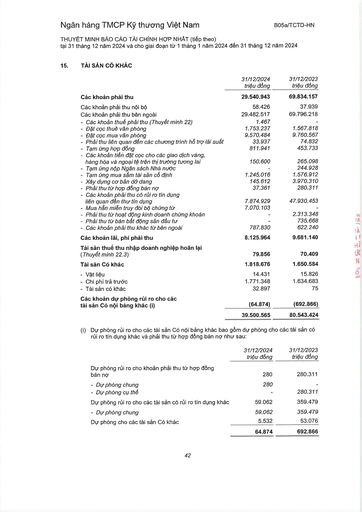
||31/12/2024 triệu đồng|31/12/2023 triệu đồng| |---|---|---| |Các khoản phải thu|29.540.943|69.834.157| |Các khoản phải thu nội bộ|58.426|37.939| |Các khoản phải thu bên ngoài|29.482.517|69.796.218| |- Các khoản thuế phải thu (Thuyết minh 22)|1.467|| |- Đặt cọc thuê văn phòng|1.753.237|1.567.818| |- Đặt cọc mua văn phòng|9.570.484|9.760.567| |- Phải thu liên quan đến các chương trình hỗ trợ lãi suất|33.937|74.832| |- Tạm ứng hợp đồng|811.941|453.733| |- Các khoản tiền đặt cọc cho các giao dịch vàng, hàng hóa và ngoại tệ trên thị trường tương lai|150.600|265.098| |- Tạm ứng nộp Ngân sách Nhà nước||244.928| |- Tạm ứng mua sắm tài sản cố định|1.245.016|1.576.912| |- Xây dựng cơ bản dở dang|145.612|3.970.310| |- Phải thu từ hợp đồng bán nợ|37.361|280.311| |- Các khoản phải thu có rủi ro tín dụng liên quan đến thu tín dụng|7.874.929|47.930.453| |- Mua hạn miễn truy đòi bổ chứng từ|7.070.103|| |- Phải thu từ hoạt động kinh doanh chứng khoán||2.313.348| |- Phải thu từ bán bất động sản đầu tư||735.668| |- Các khoản phải thu khác từ bên ngoài|787.830|622.240| |Các khoản lãi, phí phải thu|8.125.964|9.681.140| |Tài sản thuế thu nhập doanh nghiệp hoãn lại (Thuyết minh 22.3)|79.856|70.409| |Tài sản có khác|1.818.676|1.650.584| |- Vật liệu|14.431|15.826| |Chi phí trả trước|1.771.348|1.634.683| |- Tài sản có khác|32.897|75| |Các khoản dự phòng rủi ro cho các tài sản có nội bảng khác (i)|(64.874)|(692.866)| ||39.500.565|80.543.424| ||31/12/2024 triệu đồng|31/12/2023 triệu đồng| |---|---|---| |Dự phòng rủi ro cho khoản phải thu từ hợp đồng bán nợ|280|280.311| |- Dự phòng chung|280|| |- Dự phòng cụ thể||280.311| |Dự phòng rủi ro cho các tài sản có rủi ro tín dụng khác|59.062|359.479| |Dự phòng chung|59.062|359.479| |Dự phòng cho các tài sản có khác|5.532|53.076| ||64.874|692.866|